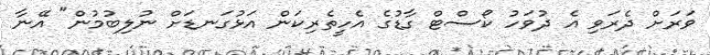
ވަރަށް ދެރަވި އެ ދުވަހު ކޯސްޓް ގާޑުގެ އެހީތެރިކަން އަޅުގަނޑަށް ނުލިބުމުން" އޭނާ